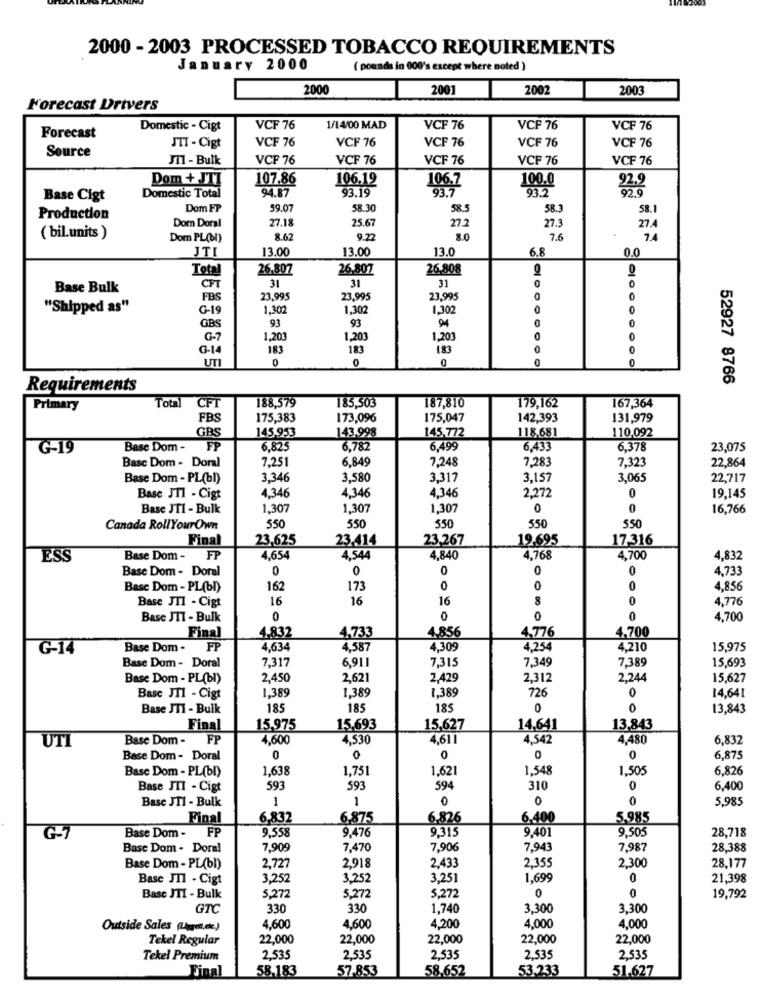
2000 - 2003 PROCESSED TOBACCO REQUIREMENTS
January 2000
( pounds in 000's except where noted )
2000
2001
2002
2003
Forecast Drivers
Domestic - Cigt
VCF 76
1/14/00 MAD
VCF 76
VCF 76
VCF 76
Forecast
VCF 76
VCF 76
VCF 76
VCF 76
VCF 76
Source
JTI - Cigt
JTI - Bulk
VCF 76
VCF 76
VCF 76
VCF 76
VCF 76
Dom + JTI
107.86
106.19
106.7
100.0
Domestic Total
93.19
93.7
93.
92.2
92.9
Base Cigt
94.87
Dom FP
59.07
58.30
585
58.3
58.1
Production
27.18
25.6
Dom Doral
27.2
27.3
27.4
( bil.units )
Dom PL(bI)
8.62
9.22
8.0
7.6
7.4
JTI
13.00
13.00
13.0
5.8
0.0
Total
26.807
26,807
26,808
31
31
31
0
Base Bulk
CFT
0
FB
23.995
23,995
23,995
0
0
"Shipped as"
G-1
1.302
1,302
1,302
0
93
93
94
GBS
0
0
G-7
1,203
1,203
1,20
0
0
G-14
183
183
183
0
0
UTI
0
0
0
0
52927 8766
Requirements
188.579
185,50€
187,810
179,162
167,364
Primary
Total
CFT
FB
175,383
173,096
175,047
142,393
131,979
145.953
143.998
145,772
110,092
GBS
118.681
G-19
Base Dom -
FP
6,825
6,782
6.499
6.43
6.378
23,075
Basc Dom - Doral
7,251
6,849
7,248
7.283
7,323
22,864
Base Dom - PL(bl)
3,346
3,580
3.317
3,157
3,065
22,717
4.346
4,346
19.145
Base JT1 - Cigt
4,346
2,272
0
Base JTI - Bulk
1,307
1,307
1,307
0
0
16,766
550
550
550
550
550
Canada RollYourOwn
Final
23,625
23.414
23,267
19.695
17,316
ESS
Base Dom - FP
4,654
4.544
4,840
4,768
4.700
4.832
Base Dom - Doral
0
0
0
0
0
4.733
Base Dom - PL(bl)
162
173
0
0
0
4.856
16
16
16
8
0
4,776
Base JTI - Cigt
Base JTT - Bulk
0
0
0
4,700
4.832
4,733
4,856
4,776
4.700
Final
G-14
Base Dom -
FP
4.634
4,587
4,309
4.254
4.210
15,975
7.317
7.315
7.349
7,389
15,693
Base Dom - Doral
6,911
Base Dom - PL(bl)
2,450
2,621
2,429
2,312
2,244
15,627
1.389
1.389
1.389
726
14,641
Base JT1 - Cigt
0
Base JTI - Bulk
185
185
185
0
0
13,843
Final
15.975
15,693
15,627
14,641
13,843
UTI
Base Dom - FP
4,600
4,530
4,61
4,542
4,480
6,832
Base Dom - Doral
0
0
0
0
6,875
Base Dom - PL(bl)
1.638
1,751
1.621
1.548
1.505
6.826
Base JIT - Cigt
593
593
594
310
0
6,400
Base JT1 - Bulk
1
1
0
0
0
5.985
Final
6,832
6.875
6.826
6,400
5.985
9.558
9.476
9,315
9.401
9,505
28,718
G-7
Base Dom - FP
Base Dom - Doral
7,909
7,470
7,90€
7,943
7,987
28,388
2.355
Base Dom - PL(bl)
2,727
2,918
2,433
2,300
28,177
Base JI1 - Cigt
3,252
3,252
3,251
1,699
0
21,398
Basc JTI - Bulk
5,272
5,272
5,272
0
0
19,792
GTC
330
330
1,740
3,300
3,300
Outside Sales (Ligget,ek)
4,600
4,600
4,200
4,000
4,000
Tekel Regular
22,000
22,000
22,000
22,000
22,000
Tekel Premium
2,535
2.535
2.535
2.535
2,535
Final
58.183
57-853
58.652
53.233
51.627